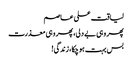
لیاقت علی عاصم
پھر وہی بے دلی، پھر وہی معذرت
بس بہت ہو چکا، زندگی!